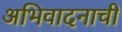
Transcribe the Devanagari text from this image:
अभिवादनाची